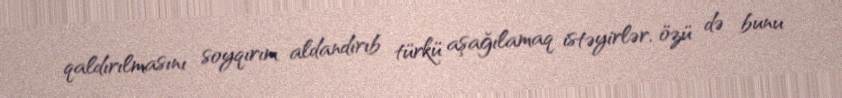
qaldırılmasını soyqırım aldandırıb türkü aşağılamaq istəyirlər, özü də bunu